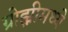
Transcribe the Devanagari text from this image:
ग्रोझ्नीमध्ये